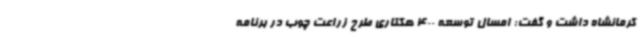
کرمانشاه داشت و گفت: امسال توسعه 400 هکتاری طرح زراعت چوب در برنامه